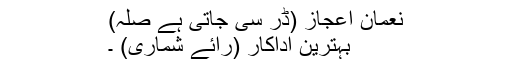
نعمان اعجاز (ڈر سی جاتی ہے صلہ)
بہترین اداکار (رائے شماری) ۔